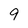
Character: 9